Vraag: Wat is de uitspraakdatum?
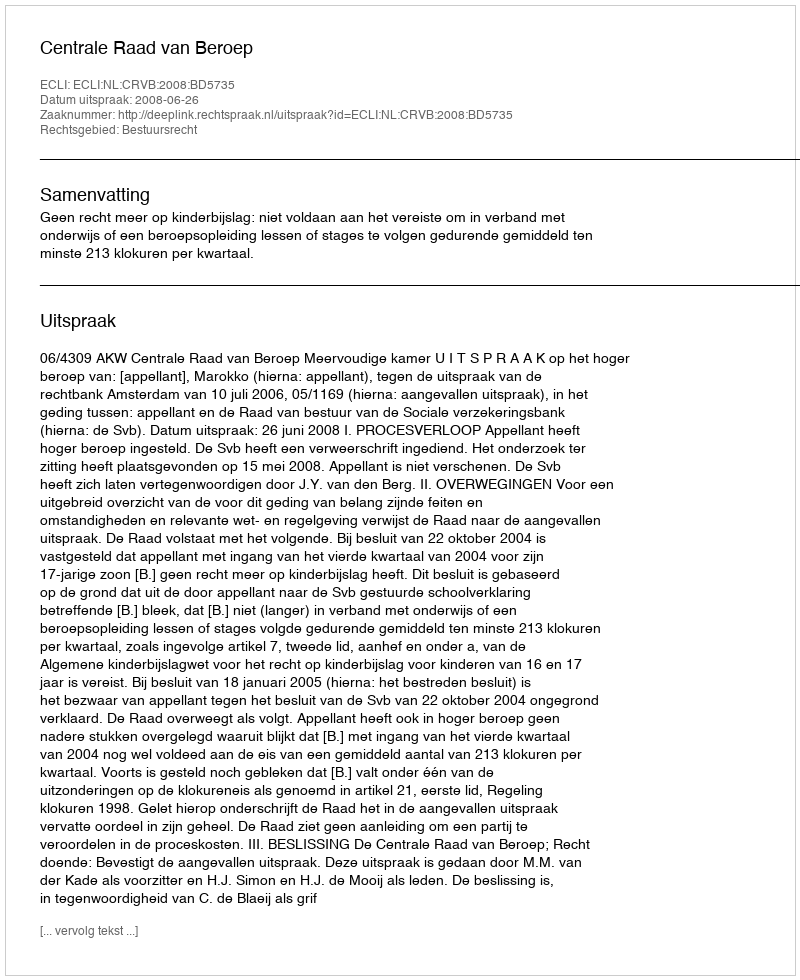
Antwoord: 2008-06-26